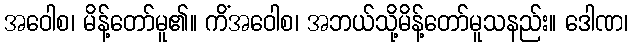
အဝေါစ၊ မိန့်တော်မူ၏။ ကိံအဝေါစ၊ အဘယ်သို့မိန့်တော်မူသနည်း။ ဒေါဏ၊